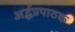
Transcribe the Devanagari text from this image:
अर्द्धप्रपाठक